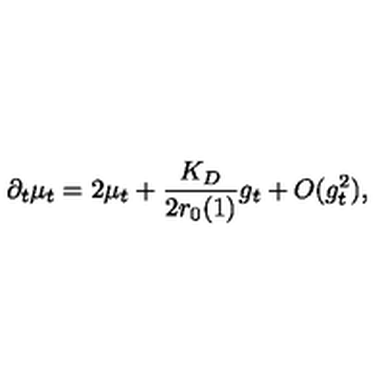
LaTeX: \partial _ { t } \mu _ { t } = 2 \mu _ { t } + \frac { K _ { D } } { 2 r _ { 0 } ( 1 ) } g _ { t } + O ( g _ { t } ^ { 2 } ) ,